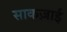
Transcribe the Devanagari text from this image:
साकज़ाई